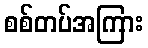
စစ်တပ်အကြား